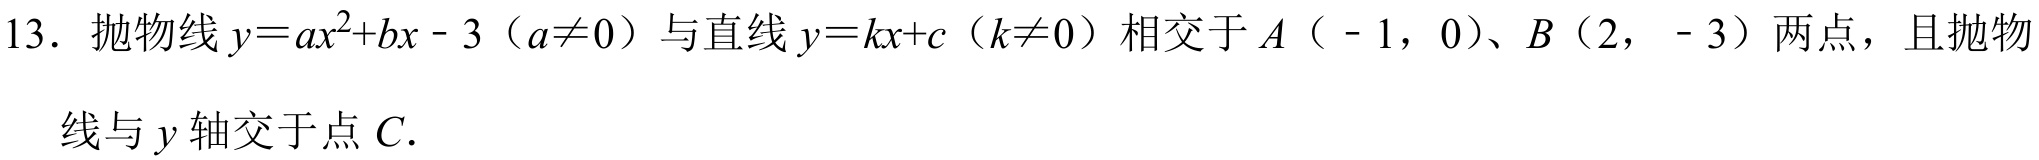
13. 抛物线\(y = ax^{2}+bx - 3\)（\(a\neq0\)）与直线\(y = kx + c\)（\(k\neq0\)）相交于\(A\)（\(-1,0\)）、\(B\)（\(2,-3\)）两点，且抛物线与\(y\)轴交于点\(C\).